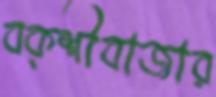
বক্শীবাজার